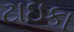
ટાઇકા